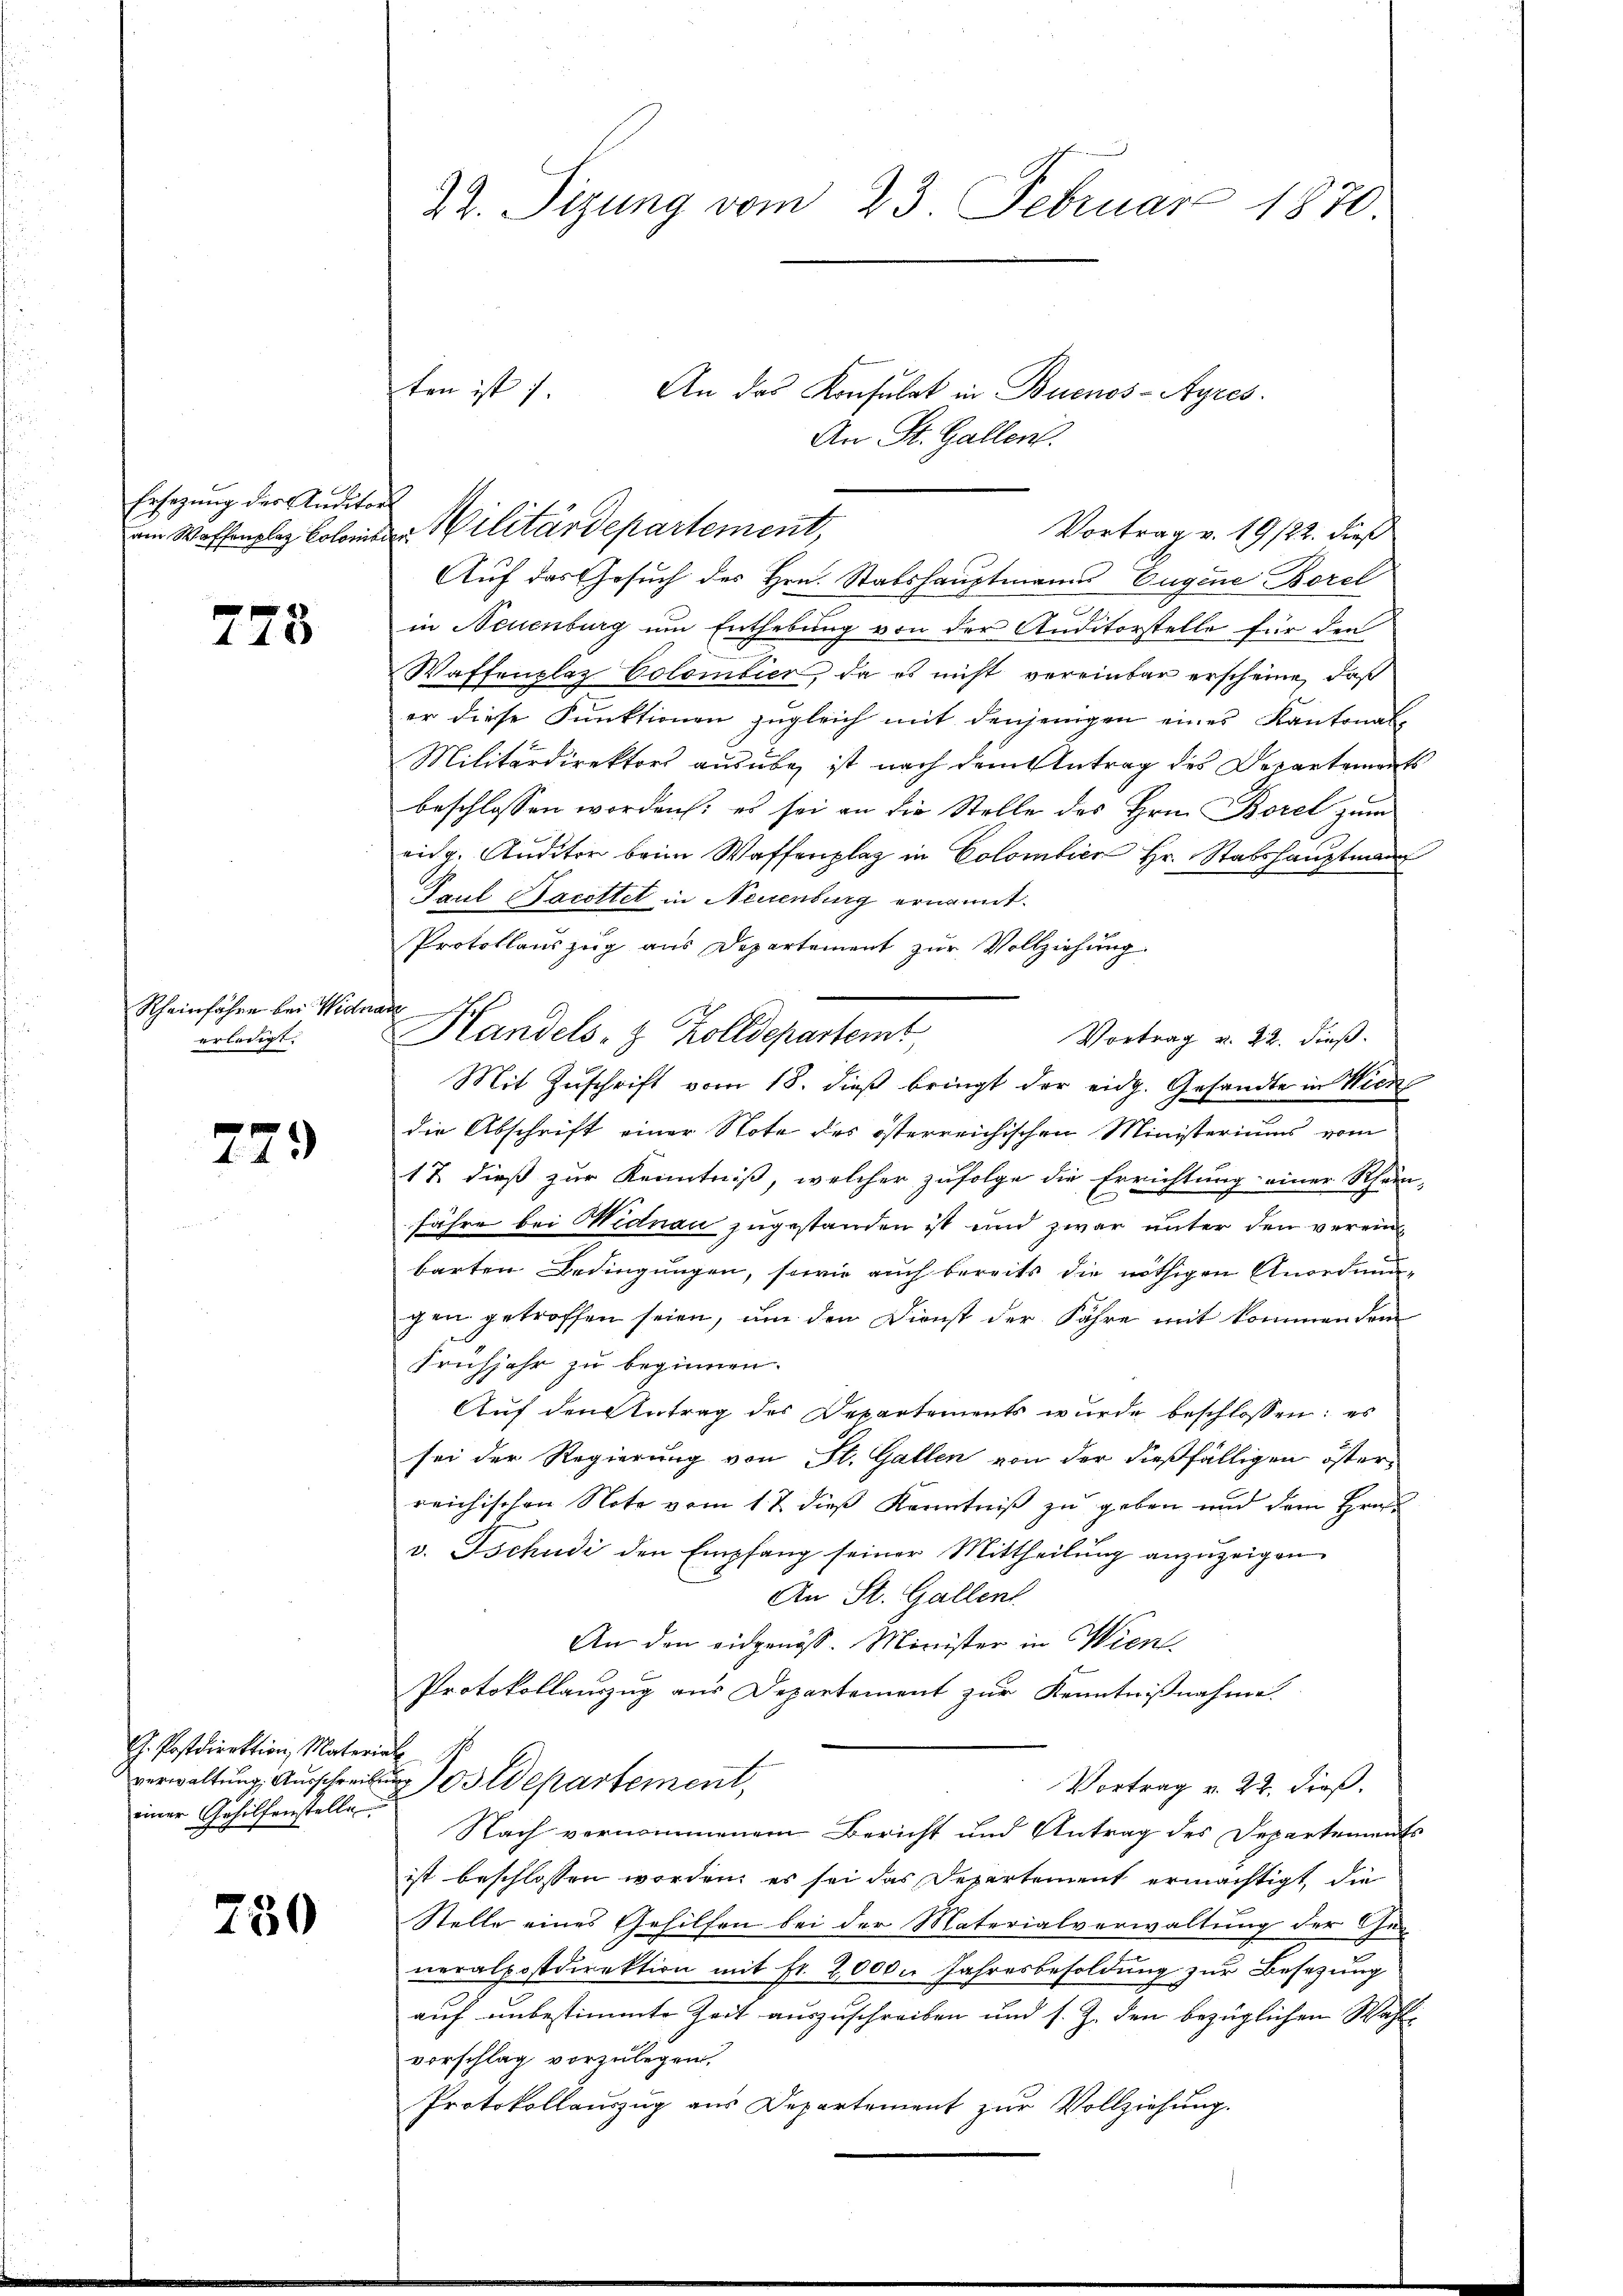
Ersezung der Auditors
am Waffenplaz Colonisier

278

Rheinfahre bei Wider
erledigt.

729

G. Postdirektion, Material
einer Gehilfenstelle

750

22. Sizung vom 23. Februar 1870

Militärdepartement,
Auf das Gesuch des Hrn. Stabshauptmann Eugene Borel
2
in Neuenburg um Enthebung von der Anditorstelle für den
Waffenplaz Colombier, da es nicht vereinbar erscheine, daß
er diese Funktionen zugleich mit denjenigen eines Kantonal-
Militärdirektors ausüber ist nach dem Antrag des Departements
beschlossen worden: es sei an die Stelle des Hrn. Borel zum
eidg. Auditor beim Waffenplaz in Colombier Hr. Stabshauptmann
Paul Jacottet in Neuenburg ernannt.
Protoklauszug aus Departement zur Vollziehung.
e
Handels- & Zolldepartemt
Vortrag v. 22. dieß.
Mit Zuschrift vom 18. dieß bringt der eidg. Gesandte in Wied
die Abschrift einer Note des österreichischen Ministeriums vom
17. dieß zur Kenntniß, welcher zufolge die Errichtung einer Rhuri-
fähre bei Widnau zugestanden ist und zwar unter den verein¬
¬
barten Bedingungen, sowie auch bereits die nöthigen Anordnungen getroffen seien, um den Dienst der Jahre mit kommen dem
Frühjahr zu beginnen.
Auf den Antrag des Departements wurde beschlossen: es
sei der Regierung von St. Gallen von der dießfälligen österreichischen Note vom 17. dieß Kenntniß zu geben und dem Hrn.
v. Tschudi den Empfang seiner Mittheilung anzuzeigen
An St. Gallent
An den eidgenöss. Minister in Wien
Protokollauszug aus Departement zur Kenntnißnahme.
verwaltung, Ausschreibung. Wepartement,
Vortrag v. 22. dieß.
Nach vernommenem Bericht und Antrag des Departements
ist beschlossen worden, es sei das Departement ermächtigt, die
Stelle eines Gehilfen bei der Materialverwaltung der Ge-
neralpostdirektion mit fr. 2,000. Jahresbesoldung zur Besezung
auf unbestimmte Zeit auszuschreiben und s. Z. den bezüglichen Wahlvorschlag vorzulegen,
Protokollauszug aus Departement zur Vollziehung.

ten ist

An das Konsulat in Buenos-Ayres.
An St. Gallen.

Vortrag v. 19/22. dieß